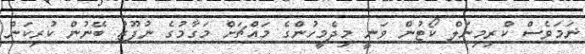
ނަމަވެސް ކްރިމިނަލް ކޯޓުން ވަނީ މިދެމީހުންގެ މައްޗަށް މަގާމުގެ ނުފޫޒު ބޭނުން ކުރިކަން